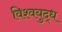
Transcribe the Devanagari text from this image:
विश्‍वयुद्ध